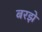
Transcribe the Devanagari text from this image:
बरझे